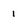
Character: 1